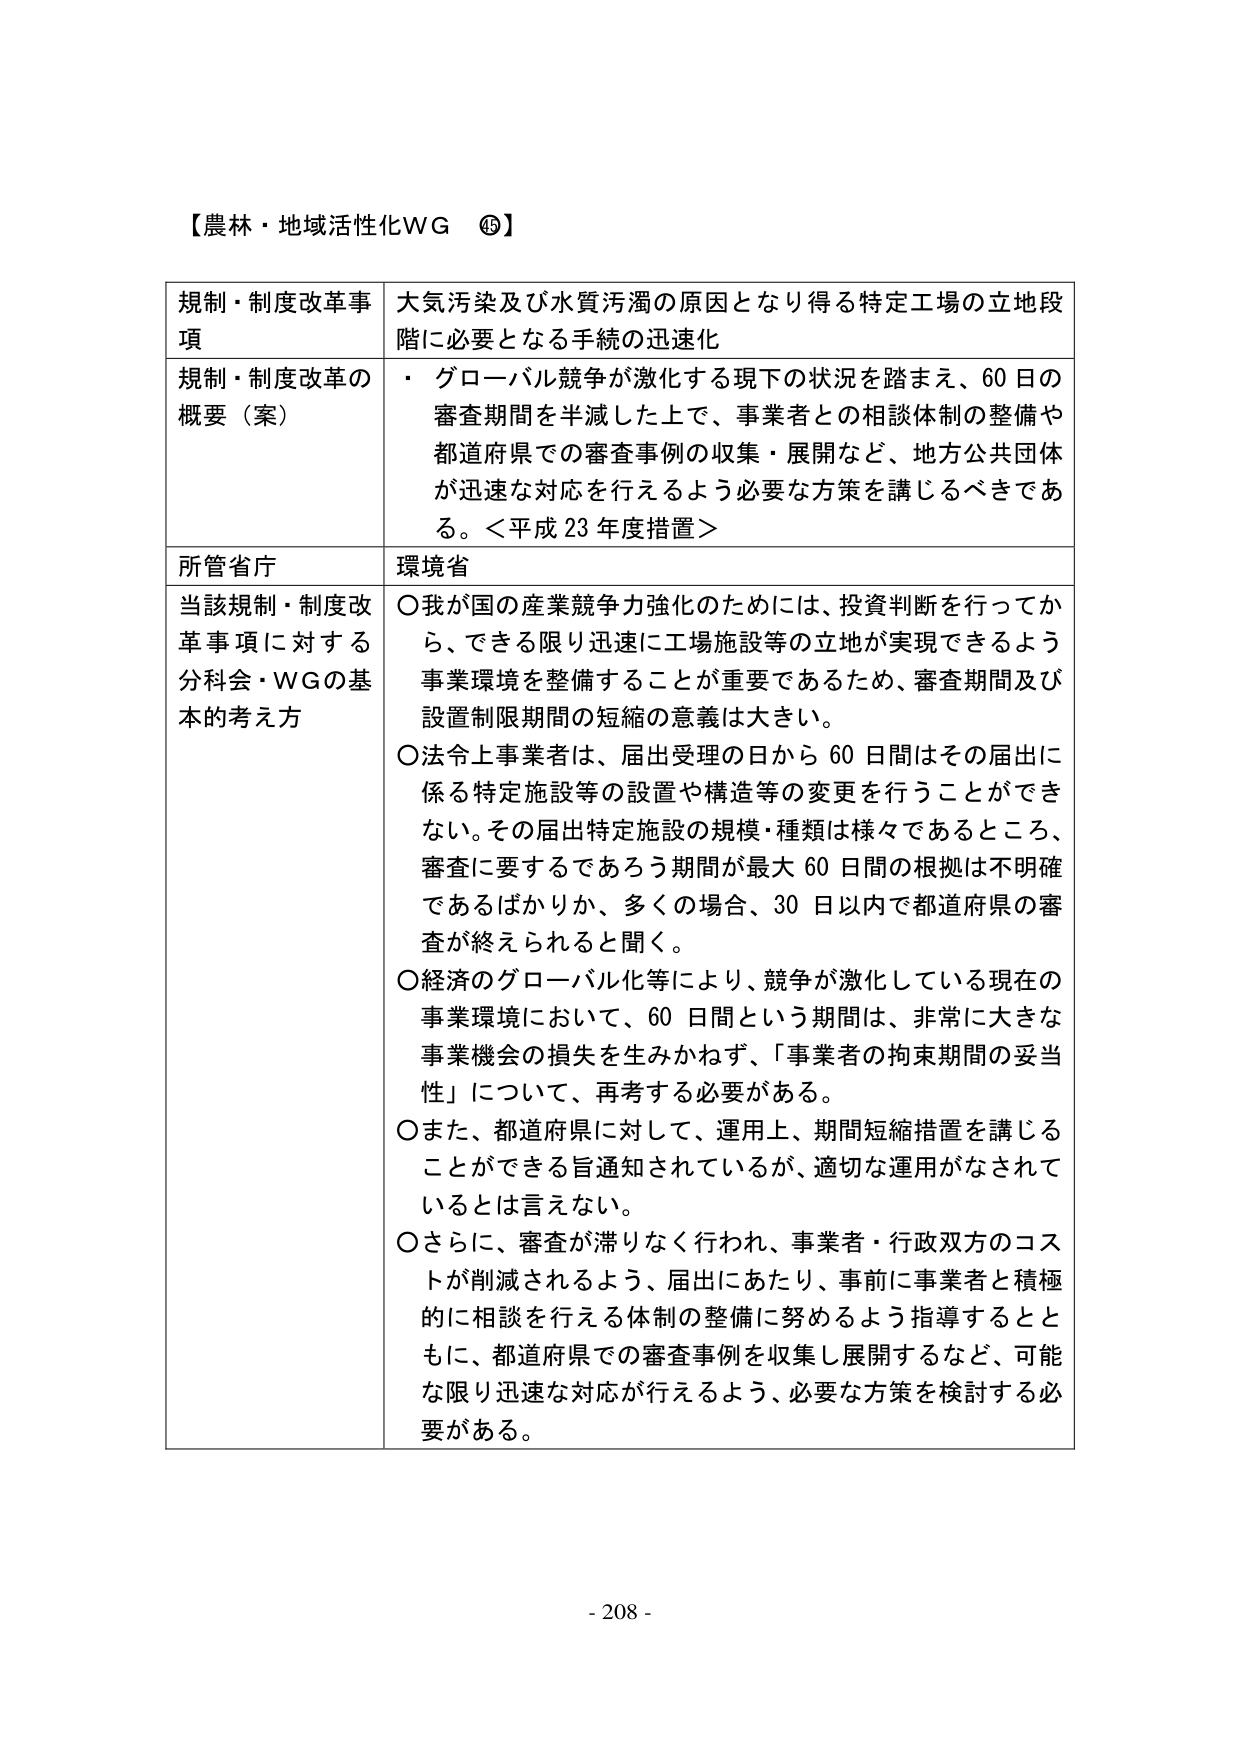
【農林・地域活性化WG ⑭】

規制・制度改革事項　大気汚染及び水質汚濁の原因となり得る特定工場の立地段階に必要となる手続の迅速化

規制・制度改革の概要（案）　・グローバル競争が激化する現下の状況を踏まえ、60日の審査期間を半減した上で、事業者との相談体制の整備や都道府県での審査事例の収集・展開など、地方公共団体が迅速な対応を行えるよう必要な方策を講じるべきである。＜平成23年度措置＞

所管省庁　環境省

当該規制・制度改革事項に対する分科会・WGの基本的考え方　○我が国の産業競争力強化のためには、投資判断を行ってから、できる限り迅速に工場施設等の立地が実現できるよう事業環境を整備することが重要であるため、審査期間及び設置制限期間の短縮の意義は大きい。
○法令上事業者は、届出受理の日から60日間はその届出に係る特定施設等の設置や構造等の変更を行うことができない。その届出特定施設の規模・種類は様々であるところ、審査に要するであろう期間が最大60日間の根拠は不明確であるばかりか、多くの場合、30日以内で都道府県の審査が終えられると聞く。
○経済のグローバル化等により、競争が激化している現在の事業環境において、60日間という期間は、非常に大きな事業機会の損失を生みかねず、「事業者の拘束期間の妥当性」について、再考する必要がある。
○また、都道府県に対して、運用上、期間短縮措置を講じることができる旨通知されているが、適切な運用がなされているとは言えない。
○さらに、審査が滞りなく行われ、事業者・行政双方のコストが削減されるよう、届出にあたり、事前に事業者と積極的に相談を行える体制の整備に努めるよう指導するとともに、都道府県での審査事例を収集し展開するなど、可能な限り迅速な対応が行えるよう、必要な方策を検討する必要がある。

- 208 -